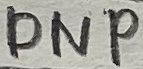
Text: DNP